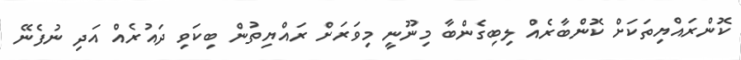
ކޮންރައްޔިތަކަށް ކޮންބާރެއް ލިބިގެންބާ މިނޫނީ މިވަރަށް ރައްޔިތުން ބިކަވި ދައުރެއް އަދި ނުފެނޭ